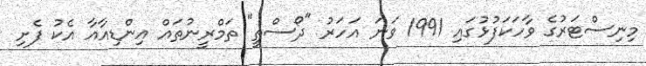
މިނިސްޓަރުގެ ވާހަކަފުޅުގައި 1991 ވަނަ އަހަރު "ދޯސްތީ" ތަމްރީނުތައް އިންޑިއާއާ އެކު ފެށި